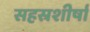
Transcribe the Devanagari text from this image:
सहस्रशीर्षा